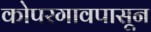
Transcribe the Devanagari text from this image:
कोपरगावपासून